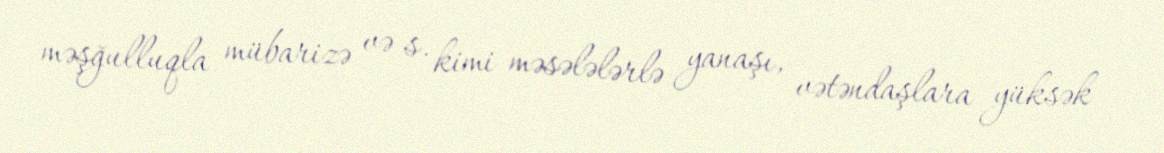
məşğulluqla mübarizə və s. kimi məsələlərlə yanaşı, vətəndaşlara yüksək